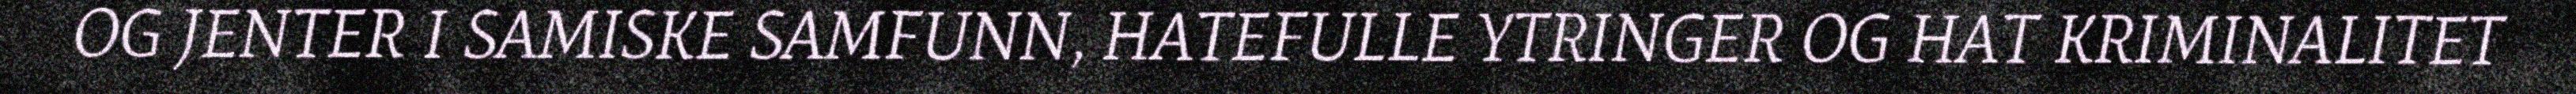
OG JENTER I SAMISKE SAMFUNN, HATEFULLE YTRINGER OG HAT KRIMINALITET